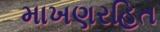
માખણરહિત